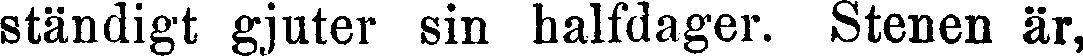
ständigt gjuter sin halfdager. Stenen är,